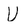
Character: U